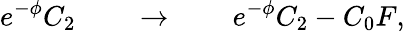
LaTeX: e^{-\phi}C_{2}\qquad\rightarrow\qquad e^{-\phi}C_{2}-C_{0}F,